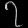
Digit: ၇